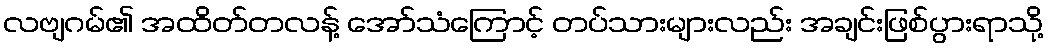
လဗျဂမ်၏ အထိတ်တလန့် အော်သံကြောင့် တပ်သားများလည်း အချင်းဖြစ်ပွားရာသို့